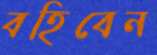
বহিবেন